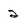
Character: 2